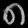
Digit: ၈